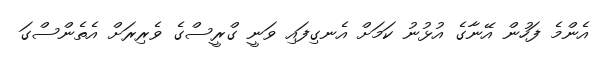
އެންމެ ފަހުން އޭނާގެ އުޅުނު ކަމަށް އެނގިފައި ވަނީ ގްރީސްގެ ވެރިރަށް އެތެންސްގަ